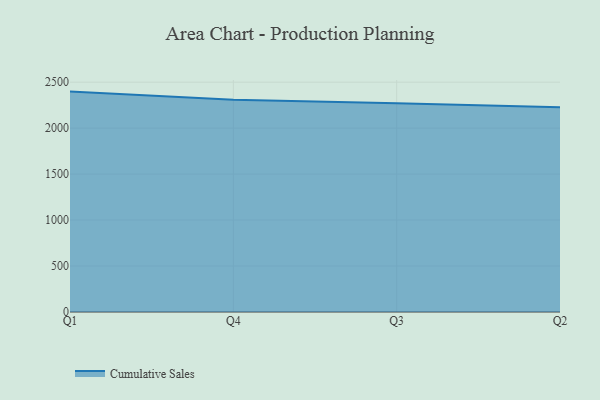
{"axis": {"x": "Quarter", "y": "Churn Rate (%)"}, "legend": ["Cumulative Sales"], "data": [{"x": "Q1", "y": 2397.3, "type": "Cumulative Sales"}, {"x": "Q4", "y": 2309.8, "type": "Cumulative Sales"}, {"x": "Q3", "y": 2271.6, "type": "Cumulative Sales"}, {"x": "Q2", "y": 2227.5, "type": "Cumulative Sales"}]}